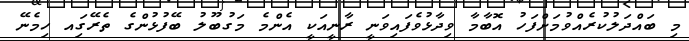
މި ބައްދަލުކުރެއްވުމަށްފަހު އޮބާމާ ވިދާޅުވެފައިވަނީ ރާނީއަކީ އެންމެ މަގުބޫލު ބޭފުޅުންގެ ތެރޭގަިއ ހިމެނޭ